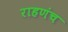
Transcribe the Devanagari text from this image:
राहणंच